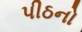
પીઠનો